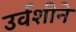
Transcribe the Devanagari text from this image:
उर्वशीने